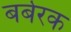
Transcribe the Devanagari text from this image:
बर्बरक